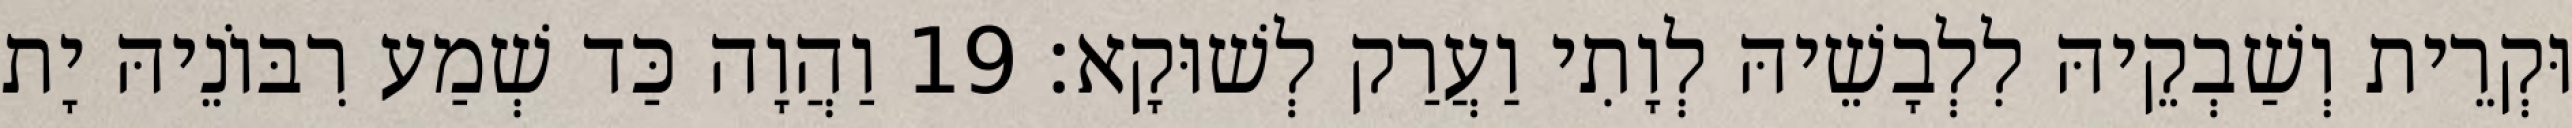
וּקְרֵית וְשַׁבְקֵיהּ לִלְבָשֵׁיהּ לְוָתִי וַעֲרַק לְשׁוּקָא׃ 19 וַהֲוָה כַּד שְׁמַע רִבּוֹנֵיהּ יָת